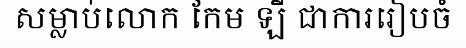
សម្លាប់លោក កែម ឡី ជាការរៀបចំ